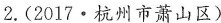
2. (2017 · 杭州市萧山区)